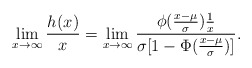
\begin{align*}\lim_{x\to\infty}\frac{h_{}(x)}{x}&=\lim_{x\to\infty}\frac{\phi(\frac{x-\mu}{\sigma})\frac{1}{x}}{\sigma[1-\Phi(\frac{x-\mu}{\sigma})]}.\end{align*}